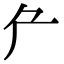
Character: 厃